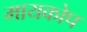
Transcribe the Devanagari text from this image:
मायकोप